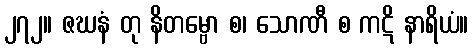
၂၇၂။ ဇဃနံ တု နိတမ္ဗော စ၊ သောဏီ စ ကဋိ နာရိယံ။